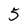
Character: 5